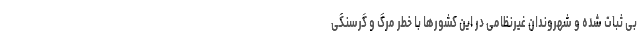
بی ثبات شده و شهروندان غیرنظامی در این کشورها با خطر مرگ و گرسنگی